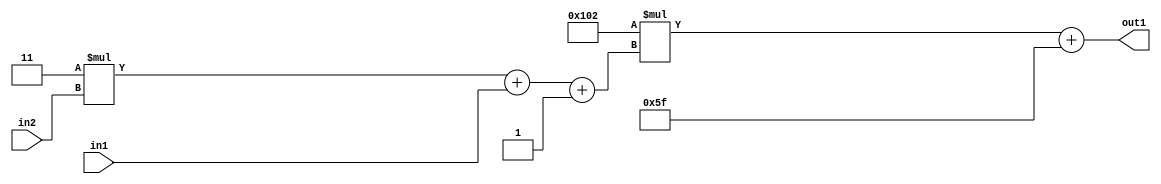
`timescale 1ps / 1ps
/*****************************************************************************
    Verilog RTL Description
    
    
    Created by: Stratus DpOpt 2019.1.01 
*******************************************************************************/

module DC_Filter_Add2i95Mul2i258Add3i1u1Mul2i3u2_1 (
	in2,
	in1,
	out1
	); /* architecture "behavioural" */ 
input [1:0] in2;
input  in1;
output [11:0] out1;
wire [11:0] asc001;
wire [3:0] asc002;

wire [3:0] asc002_tmp_0;
wire [3:0] asc002_tmp_1;
assign asc002_tmp_1 = 
	+(4'B0011 * in2);
assign asc002_tmp_0 = asc002_tmp_1
	+(in1);
assign asc002 = asc002_tmp_0
	+(4'B0001);

wire [11:0] asc001_tmp_2;
assign asc001_tmp_2 = 
	+(12'B000100000010 * asc002);
assign asc001 = asc001_tmp_2
	+(12'B000001011111);

assign out1 = asc001;
endmodule

/* CADENCE  vrP3Tw8= : u9/ySgnWtBlWxVPRXgAZ4Og= ** DO NOT EDIT THIS LINE ******/